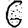
Digit: 6